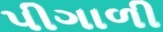
પીગાળી